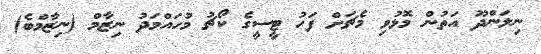
ނިލަންދޫ އަތުން މޮޅުވި މެޗަށް ފަހު ޓީސީގެ ކޯޗު މުހައްމަދު ނިޒާމް (ނިޒާމްބެ)